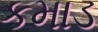
કમાડ